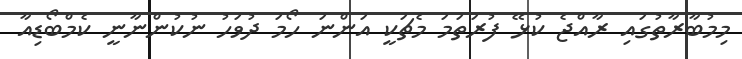
މިމުބާރާތުގައި ރާއްޖެ ކުޅޭ ފުރަތަމަ މެޗަކީ އަންނަ ހޯމަ ދުވަހު ނުކުންނާނީ ކެމްބޯޑިއާ